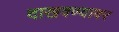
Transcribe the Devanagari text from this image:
दाखवण्यावर